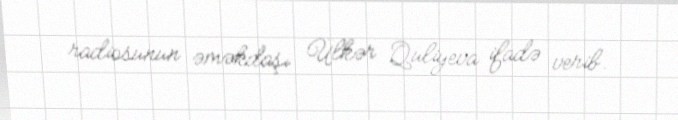
radiosunun əməkdaşı Ülkər Quliyeva ifadə verib.